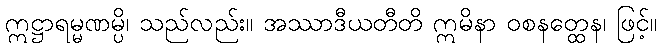
ဣဋ္ဌာရမ္မဏမ္ပိ၊ သည်လည်း။ အဿာဒီယတီတိ ဣမိနာ ဝစနတ္ထေန၊ ဖြင့်။